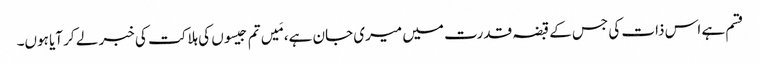
قسم ہے اس ذات کی جس کے قبضہ قدرت میں میری جان ہے، مَیں تم جیسوں کی ہلاکت کی خبر لے کر آیا ہوں۔